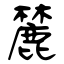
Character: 麓